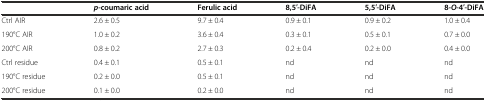
<table><thead><tr><td></td><td><b><i>p</i>-coumaric acid</b></td><td><b>Ferulic acid</b></td><td><b>8,5′-DiFA</b></td><td><b>5,5′-DiFA</b></td><td><b>8-<i>O</i>-4′-DiFA</b></td></tr></thead><tbody><tr><td>Ctrl AIR</td><td>2.6 ± 0.5</td><td>9.7 ± 0.4</td><td>0.9 ± 0.1</td><td>0.9 ± 0.2</td><td>1.0 ± 0.4</td></tr><tr><td>190°C AIR</td><td>1.0 ± 0.2</td><td>3.6 ± 0.4</td><td>0.3 ± 0.1</td><td>0.5 ± 0.1</td><td>0.7 ± 0.0</td></tr><tr><td>200°C AIR</td><td>0.8 ± 0.2</td><td>2.7 ± 0.3</td><td>0.2 ± 0.4</td><td>0.2 ± 0.0</td><td>0.4 ± 0.0</td></tr><tr><td>Ctrl residue</td><td>0.4 ± 0.1</td><td>0.5 ± 0.1</td><td>nd</td><td>nd</td><td>nd</td></tr><tr><td>190°C residue</td><td>0.2 ± 0.0</td><td>0.5 ± 0.1</td><td>nd</td><td>nd</td><td>nd</td></tr><tr><td>200°C residue</td><td>0.1 ± 0.0</td><td>0.2 ± 0.0</td><td>nd</td><td>nd</td><td>nd</td></tr></tbody></table>